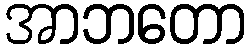
အာဘတော